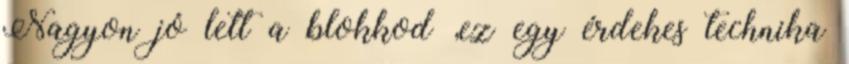
Nagyon jó lett a blokkod ,ez egy érdekes technika